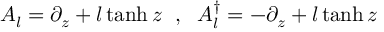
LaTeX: A _ { l } = \partial _ { z } + l \operatorname { t a n h } z \textrm { } \; , \; \textrm { } A _ { l } ^ { \dagger } = - \partial _ { z } + l \operatorname { t a n h } z